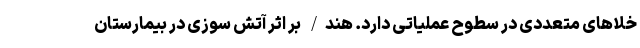
خلاهای متعددی در سطوح عملیاتی دارد. هند/ بر اثر آتش سوزی در بیمارستان